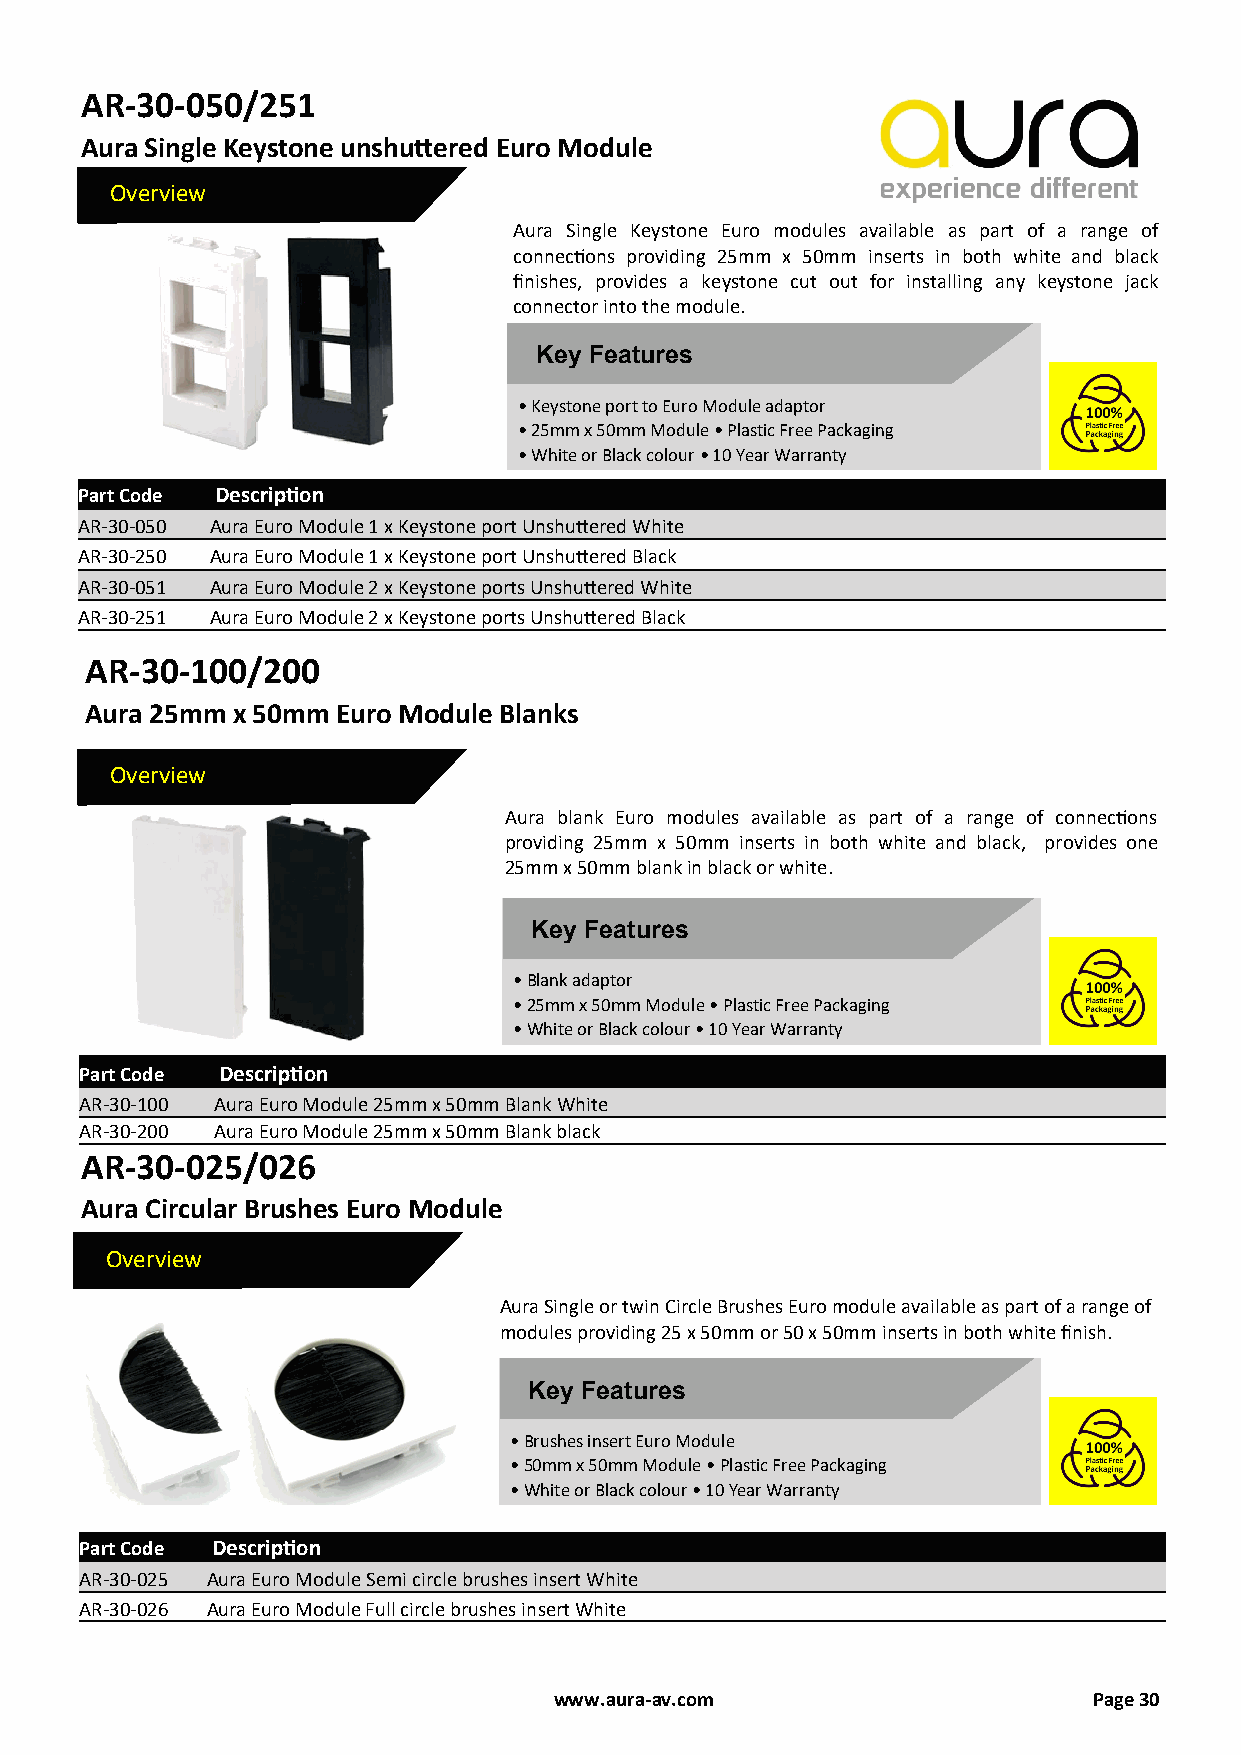
AR-30-050/251
 Aura Single Keystone unshuttered Euro Module
 Overview
 Aura Single Keystone Euro modules available as part of a range of
 connections providing 25mm x 50mm inserts in both white and black
 finishes, provides a keystone cut out for installing any keystone jack
 connector into the module.
 Key Features
 • Keystone port to Euro Module adaptor
 • 25mm x 50mm Module • Plastic Free Packaging
 • White or Black colour • 10 Year Warranty
 Part Code Description
 AR-30-050 Aura Euro Module 1 x Keystone port Unshuttered White
 AR-30-250 Aura Euro Module 1 x Keystone port Unshuttered Black
 AR-30-051 Aura Euro Module 2 x Keystone ports Unshuttered White
 AR-30-251 Aura Euro Module 2 x Keystone ports Unshuttered Black
 AR-30-100/200
 Aura 25mm x 50mm Euro Module Blanks
 Overview
 Aura blank Euro modules available as part of a range of connections
 providing 25mm x 50mm inserts in both white and black, provides one
 25mm x 50mm blank in black or white.
 Key Features
 • Blank adaptor
 • 25mm x 50mm Module • Plastic Free Packaging
 • White or Black colour • 10 Year Warranty
 Part Code Description
 AR-30-100 Aura Euro Module 25mm x 50mm Blank White
 AR-30-200 Aura Euro Module 25mm x 50mm Blank black
 AR-30-025/026
 Aura Circular Brushes Euro Module
 Overview
 Aura Single or twin Circle Brushes Euro module available as part of a range of
 modules providing 25 x 50mm or 50 x 50mm inserts in both white finish.
 Key Features
 • Brushes insert Euro Module
 • 50mm x 50mm Module • Plastic Free Packaging
 • White or Black colour • 10 Year Warranty
 Part Code Description
 AR-30-025 Aura Euro Module Semi circle brushes insert White
 AR-30-026 Aura Euro Module Full circle brushes insert White
 www.aura-av.com                    Page 30